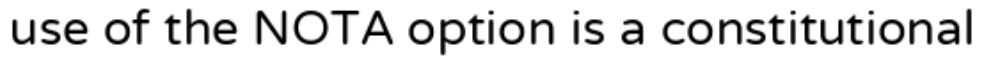
use of the NOTA option is a constitutional